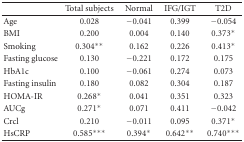
<table><thead><tr><td><b> </b></td><td><b>Total subjects</b></td><td><b>Normal</b></td><td><b>IFG/IGT</b></td><td><b>T2D</b></td></tr></thead><tbody><tr><td>Age </td><td>0.028</td><td>−0.041</td><td>0.399</td><td>−0.054</td></tr><tr><td>BMI </td><td>0.200</td><td>0.004</td><td>0.140</td><td>0.373*</td></tr><tr><td>Smoking</td><td>0.304**</td><td>0.162</td><td>0.226</td><td>0.413*</td></tr><tr><td>Fasting glucose</td><td>0.130</td><td>−0.221</td><td>0.172</td><td>0.175</td></tr><tr><td>HbA1c </td><td>0.100</td><td>−0.061</td><td>0.274</td><td>0.073</td></tr><tr><td>Fasting insulin </td><td>0.180</td><td>0.082</td><td>0.304</td><td>0.187</td></tr><tr><td>HOMA-IR</td><td>0.268*</td><td>0.041</td><td>0.351</td><td>0.323</td></tr><tr><td>AUCg</td><td>0.271*</td><td>0.071</td><td>0.411</td><td>−0.042</td></tr><tr><td>Crcl</td><td>0.210</td><td>−0.011</td><td>0.095</td><td>0.371*</td></tr><tr><td>HsCRP</td><td>0.585***</td><td>0.394*</td><td>0.642**</td><td>0.740***</td></tr></tbody></table>